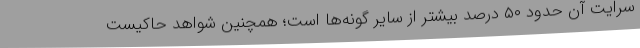
سرایت آن حدود ۵۰ درصد بیشتر از سایر گونه‌ها است؛ همچنین شواهد حاکیست